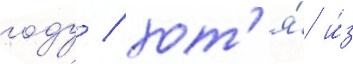
году / хот'я́ и́з